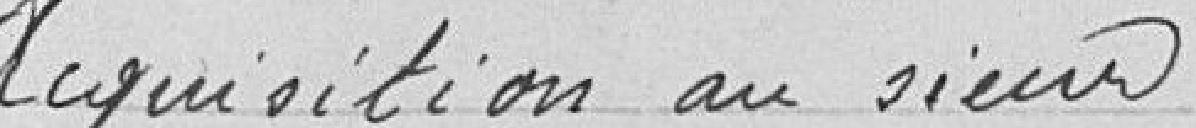
Acquisition au sieur